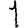
Digit: 1